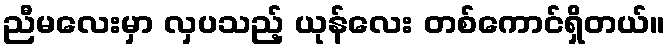
ညီမလေးမှာ လှပသည့် ယုန်လေး တစ်ကောင်ရှိတယ်။